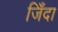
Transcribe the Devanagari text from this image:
जिँदा